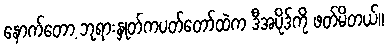
နောက်တော့ ဘုရားနှုတ်ကပတ်တော်ထဲက ဒီအပိုဒ်ကို ဖတ်မိတယ်။